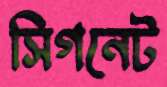
সিগনেট